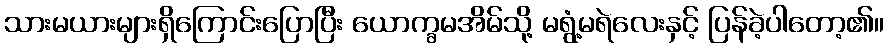
သားမယားများရှိကြောင်းပြောပြီး ယောက္ခမအိမ်သို့ မရွံ့မရဲလေးနှင့် ပြန်ခဲ့ပါတော့၏။